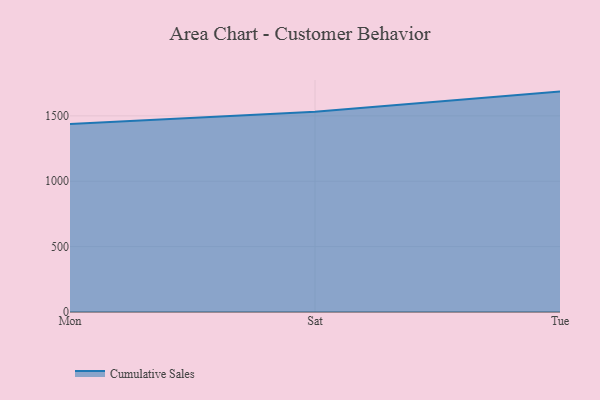
{"axis": {"x": "Day", "y": "Customer Acquisition Cost (USD)"}, "legend": ["Cumulative Sales"], "data": [{"x": "Mon", "y": 1437.4, "type": "Cumulative Sales"}, {"x": "Sat", "y": 1532.2, "type": "Cumulative Sales"}, {"x": "Tue", "y": 1685.5, "type": "Cumulative Sales"}]}